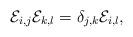
LaTeX: \begin{align*}\mathcal{E}_{i,j}\mathcal{E}_{k,l}=\delta_{j,k}\mathcal{E}_{i,l},\end{align*}